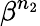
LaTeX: \beta^{n_{2}}